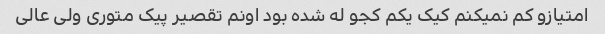
امتیازو کم نمیکنم کیک یکم کجو له شده بود اونم تقصیر پیک متوری ولی عالی